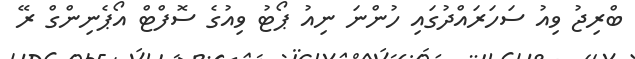
ބްރިޖު ވިއު ސަހަރައްދުގައި ހުންނަ ނިއު ޕޯޓު ވިއުގެ ސޮފްޓް އޯޕެނިންގް ރޭ